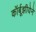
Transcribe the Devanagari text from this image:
कॉर्बूझीयेने